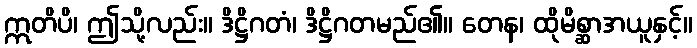
ဣတိပိ၊ ဤသို့လည်း။ ဒိဋ္ဌိဂတံ၊ ဒိဋ္ဌိဂတမည်၏။ တေန၊ ထိုမိစ္ဆာအယူနှင့်။